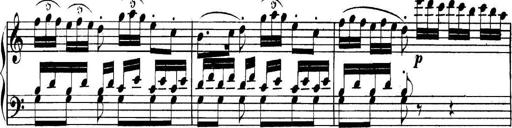
Title: Collected Piano Sonatas
Composer: Muzio Clementi